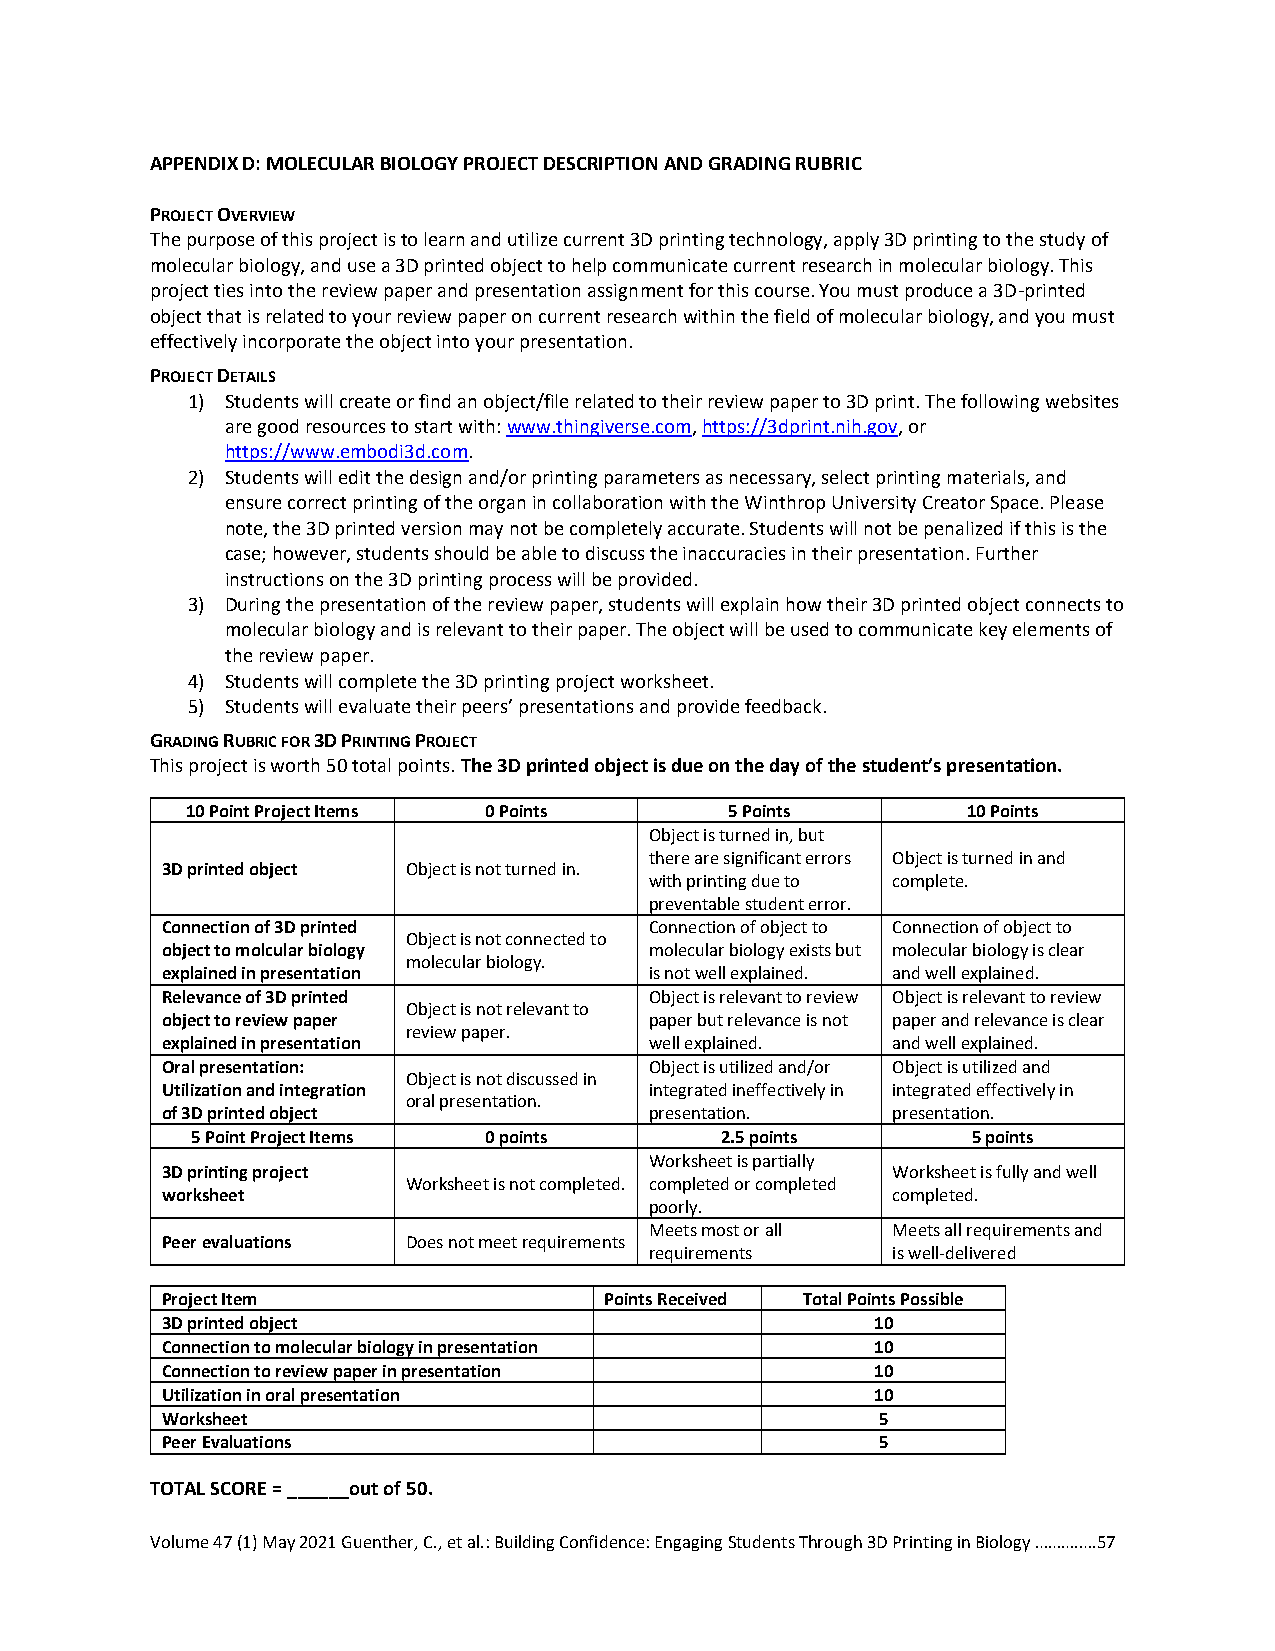
APPENDIX D: MOLECULAR BIOLOGY PROJECT DESCRIPTION AND GRADING RUBRIC
 PROJECT OVERVIEW
 The purpose of this project is to learn and utilize current 3D printing technology, apply 3D printing to the study of
 molecular biology, and use a 3D printed object to help communicate current research in molecular biology. This
 project ties into the review paper and presentation assignment for this course. You must produce a 3D-printed
 object that is related to your review paper on current research within the field of molecular biology, and you must
 effectively incorporate the object into your presentation.
 PROJECT DETAILS
 1) Students will create or find an object/file related to their review paper to 3D print. The following websites
 are good resources to start with: www.thingiverse.com, https://3dprint.nih.gov, or
 https://www.embodi3d.com.
 2) Students will edit the design and/or printing parameters as necessary, select printing materials, and
 ensure correct printing of the organ in collaboration with the Winthrop University Creator Space. Please
 note, the 3D printed version may not be completely accurate. Students will not be penalized if this is the
 case; however, students should be able to discuss the inaccuracies in their presentation. Further
 instructions on the 3D printing process will be provided.
 3) During the presentation of the review paper, students will explain how their 3D printed object connects to
 molecular biology and is relevant to their paper. The object will be used to communicate key elements of
 the review paper.
 4) Students will complete the 3D printing project worksheet.
 5) Students will evaluate their peers’ presentations and provide feedback.
 GRADING RUBRIC FOR 3D PRINTING PROJECT
 This project is worth 50 total points. The 3D printed object is due on the day of the student’s presentation.
 10 Point Project Items 0 Points     5 Points        10 Points
 Object is turned in, but
 there are significant errors Object is turned in and
 3D printed object Object is not turned in.
 with printing due to complete.
 preventable student error.
 Connection of 3D printed        Connection of object to Connection of object to
 Object is not connected to
 object to molcular biology      molecular biology exists but molecular biology is clear
 molecular biology.
 explained in presentation       is not well explained. and well explained.
 Relevance of 3D printed         Object is relevant to review Object is relevant to review
 Object is not relevant to
 object to review paper          paper but relevance is not paper and relevance is clear
 review paper.
 explained in presentation       well explained. and well explained.
 Oral presentation:              Object is utilized and/or Object is utilized and
 Object is not discussed in
 Utilization and integration     integrated ineffectively in integrated effectively in
 oral presentation.
 of 3D printed object            presentation.   presentation.
 5 Point Project Items 0 points     2.5 points      5 points
 Worksheet is partially
 3D printing project                             Worksheet is fully and well
 Worksheet is not completed. completed or completed
 worksheet                                       completed.
 poorly.
 Meets most or all Meets all requirements and
 Peer evaluations Does not meet requirements
 requirements    is well-delivered
 Project Item                 Points Received Total Points Possible
 3D printed object                              10
 Connection to molecular biology in presentation 10
 Connection to review paper in presentation     10
 Utilization in oral presentation               10
 Worksheet                                      5
 Peer Evaluations                               5
 TOTAL SCORE = ______out of 50.
 Volume 47 (1) May 2021 Guenther, C., et al.: Building Confidence: Engaging Students Through 3D Printing in Biology ……….….57